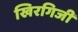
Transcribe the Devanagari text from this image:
खिरगिजी